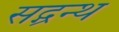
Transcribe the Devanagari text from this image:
सद्ग्रन्थ